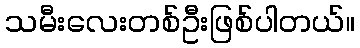
သမီးလေးတစ်ဦးဖြစ်ပါတယ်။